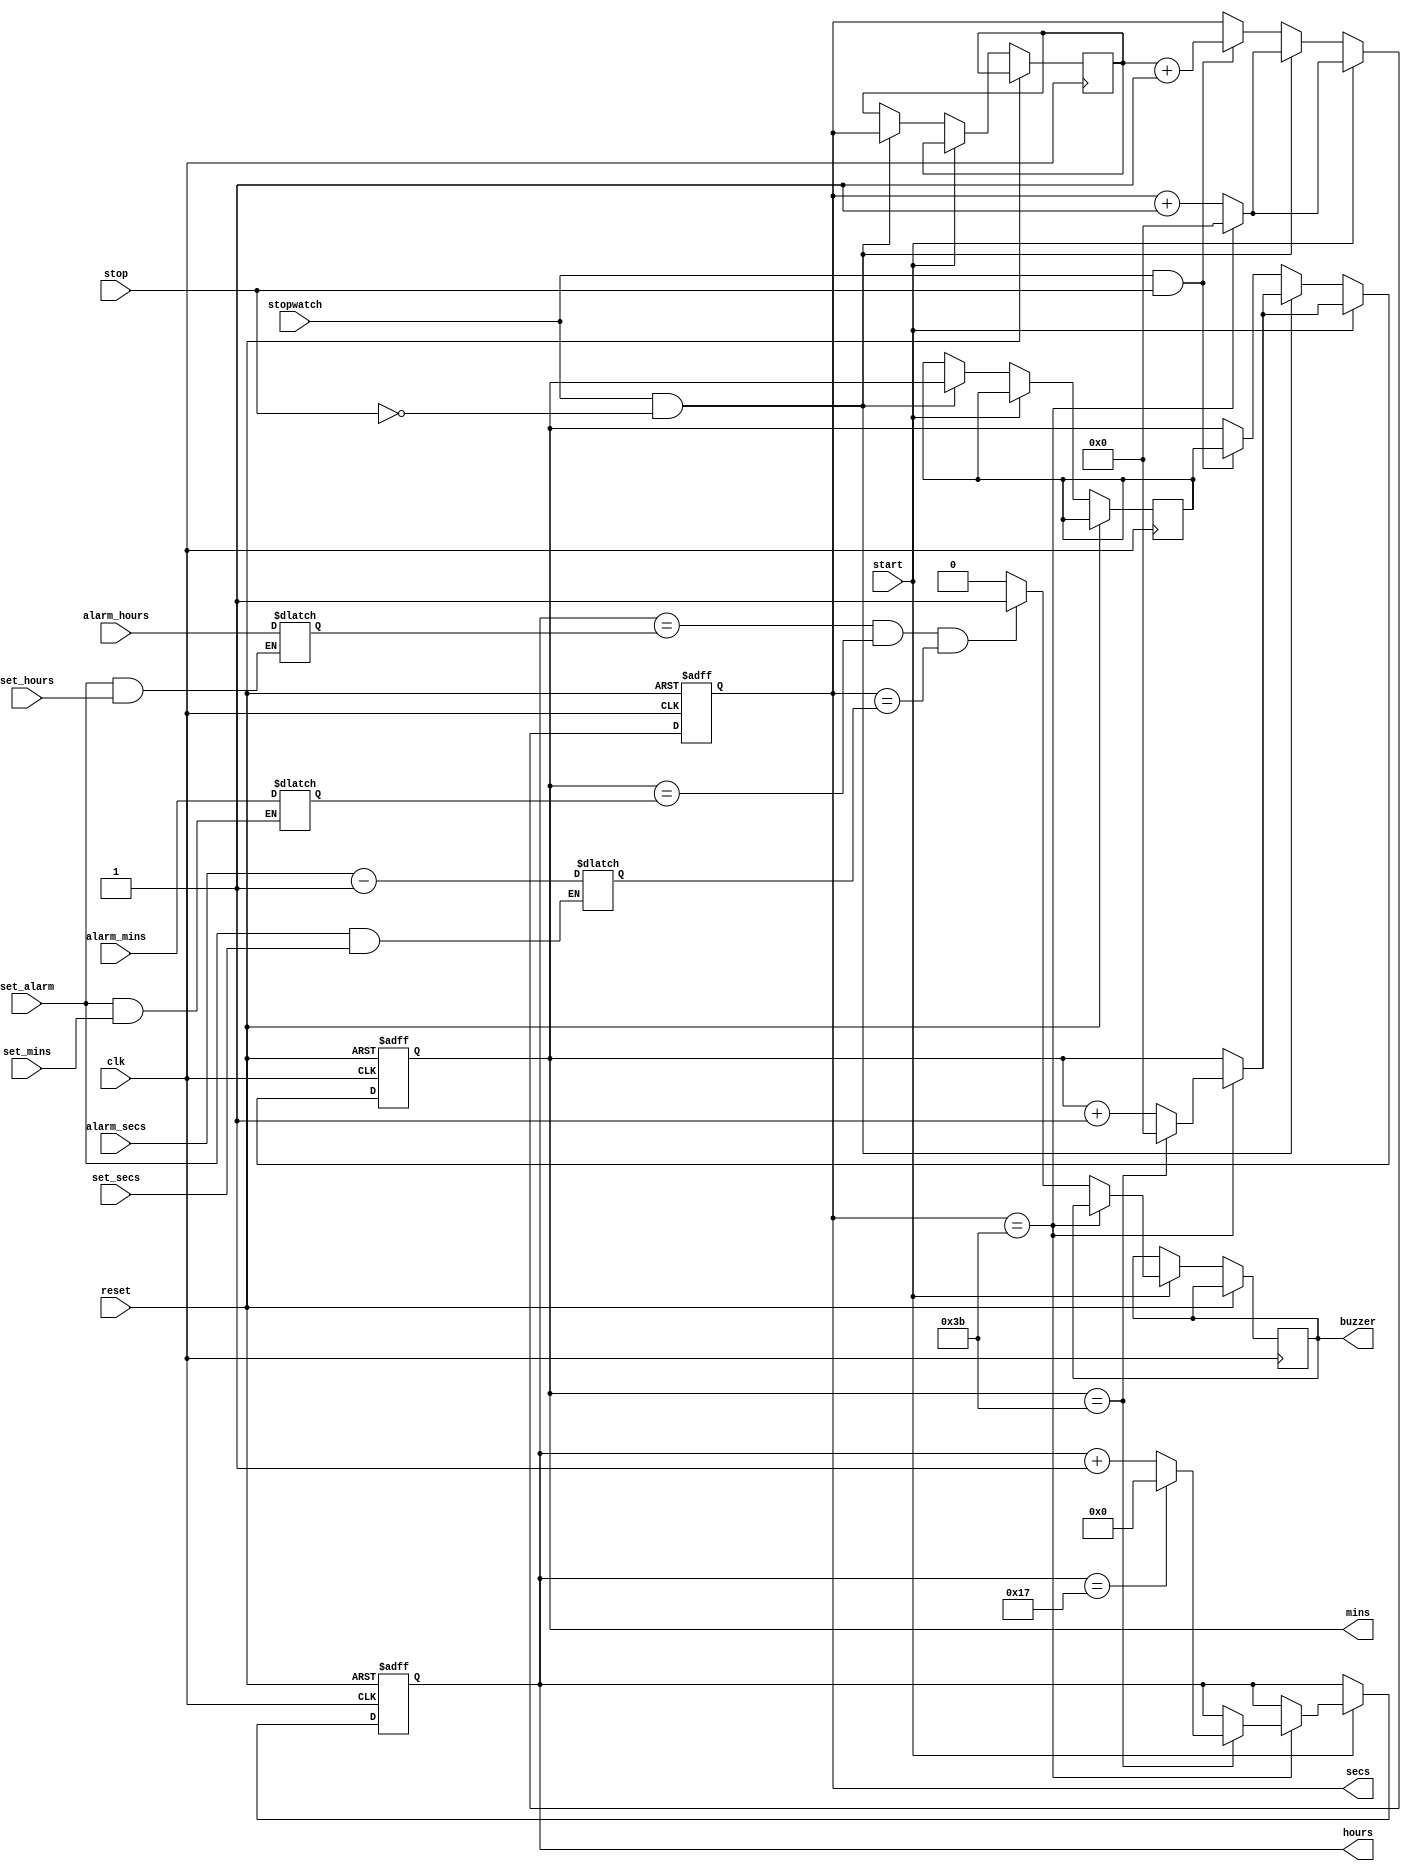
module clock(
    input  clk,     // Clock input
    input  reset,   // Reset input
    input set_alarm,
    input  [4:0] alarm_hours,   // Input for setting the alarm hours
    input  [5:0] alarm_mins,    // Input for setting the alarm minutes
    input  [5:0] alarm_secs,
    input start, 
    input stop,  
    input stopwatch,
    input  set_hours,       // Input to indicate loading hours
    input  set_mins,        // Input to indicate loading minutes
    input  set_secs,   
    output reg buzzer,
    output reg [4:0] hours,   // Output for hours (5 bits)
    output reg [5:0] mins,    // Output for minutes (6 bits)
    output reg [5:0] secs     // Output for seconds (6 bits)
);

// Internal registers to hold the current time
reg [4:0] alarm_hours_reg;
reg [5:0] alarm_mins_reg;
reg [5:0] alarm_secs_reg;
reg [5:0] last_mins;
reg [5:0] last_secs;
always @(*) begin
    alarm_hours_reg = set_alarm && set_hours? alarm_hours : alarm_hours_reg;
    alarm_mins_reg = set_alarm && set_mins? alarm_mins : alarm_mins_reg;
    alarm_secs_reg = set_alarm && set_secs? (alarm_secs-2'b01) : alarm_secs_reg;
end


// Counter for seconds
always @(posedge clk or posedge reset) 
begin
    if (reset) begin
        secs <= 6'b000000; 
        mins<=6'b000000;
        hours<=5'b00000; 
        
  // Reset seconds to 0
    end 
    else if(start)
    begin
        if (secs == 6'b111011) 
        begin
            secs<= 6'b000000;   // Reset seconds to 0 when it reaches 59
            // Increment minutes when seconds reach 59
            if (mins== 6'b111011) 
            begin
                mins <= 6'b000000;   // Reset minutes to 0 when it reaches 59
                // Increment hours when minutes reach 59
                if (hours== 5'b10111) 
                begin
                    hours<= 5'b000000; 
                    
                end 
                else 
                begin
                    hours<= hours+ 1; // Increment hours
                end
            end 
            else 
            begin
                mins<= mins+ 1; // Increment minutes
            end
        end 
        else 
        begin
        if (hours == alarm_hours_reg && mins == alarm_mins_reg && secs == alarm_secs_reg) begin
            buzzer<=1;
            secs<= secs + 1; // Increment seconds
            end
        else begin
        buzzer<=0;
        secs<=secs +1;
        end
        
        
         
        end
    end
   
   else if (stopwatch && !stop) begin // 
       // secs<=6'b000000;
        //mins=6'b000000;
       if (secs == 6'b111011) begin
            secs <= 6'b000000;
            if (mins == 6'b111011) begin
               mins <= 6'b000000;
            end
            else begin
                mins <= mins + 1;
            end
        end
        else begin
            secs <= secs + 1;
        end
        last_mins <= mins;
        last_secs <= secs;
    end
    
    else if (stopwatch && stop) begin
        // Freeze the clock display at the last value before stop
    
        mins <= last_mins;
        secs <= last_secs + 2'b01;
        
    end
   
   
end
endmodule